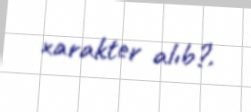
xarakter alıb?.